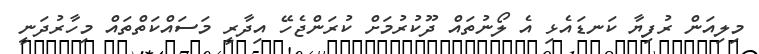
މިލިއަން ރުފިޔާ ކަނޑައެޅި އެ ލޯނުތައް ދޫކުރުމަށް ކުރަންޖެހޭ އިދާރީ މަސައްކަތްތައް މިހާރުދަނީ